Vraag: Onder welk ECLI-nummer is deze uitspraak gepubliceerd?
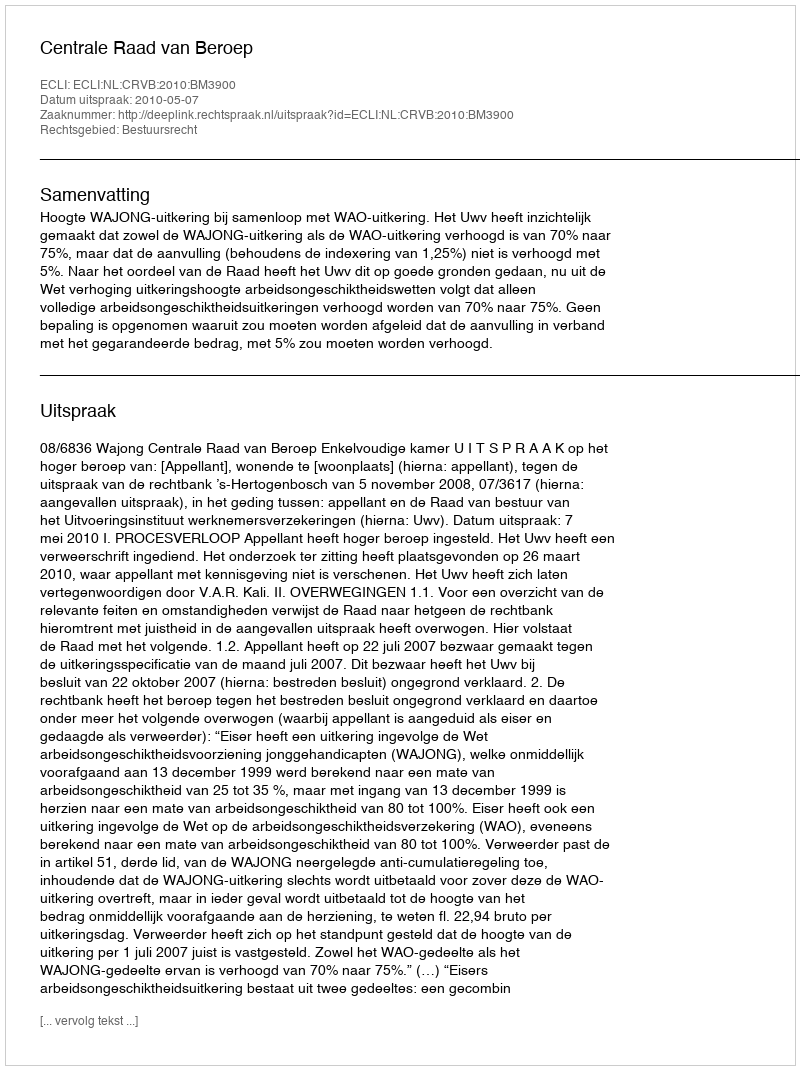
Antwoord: ECLI:NL:CRVB:2010:BM3900